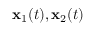
{ \mathbf x } _ { 1 } ( t ) , { \mathbf x } _ { 2 } ( t )